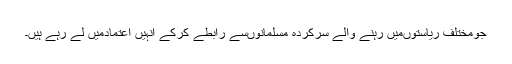
جومختلف ریاستوںمیں رہنے والے سرکردہ مسلمانوںسے رابطے کرکے انہیں اعتمادمیں لے رہے ہیں۔